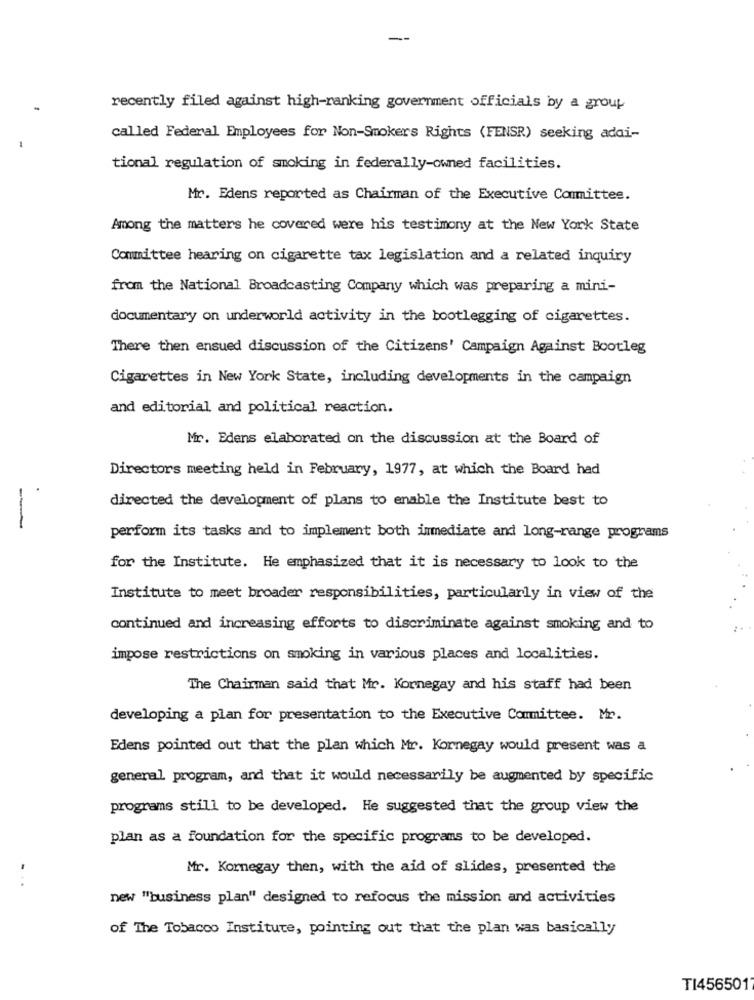
recently filed against high-ranking government officials by a group
called Federal Employees for Non-Smokers Rights (FENSR) seeking adai-
tional regulation of smoking in federally-owned facilities.
Mr. Edens reported as Chairman of the Executive Committee.
Among the matters he covered were his testimony at the New York State
Committee hearing on cigarette tax legislation and a related inquiry
from the National Broadcasting Company which was preparing a mini-
documentary on underworld activity in the bootlegging of cigarettes.
There then ensued discussion of the Citizens' Campaign Against Bootleg
Cigarettes in New York State, including developments in the campaign
and editorial and political reaction.
Mr. Edens elaborated on the discussion at the Board of
Directors meeting held in February, 1977, at which the Board had
.
directed the development of plans to enable the Institute best to
-
perform its tasks and to implement both immediate and long-range programs
for the Institute. He emphasized that it is necessary to look to the
Institute to meet broader responsibilities, particularly in view of the
continued and increasing efforts to discriminate against smoking and to
impose restrictions on smoking in various places and localities.
The Chairman said that Mr. Kornegay and his staff had been
developing a plan for presentation to the Executive Committee. Mr.
Edens pointed out that the plan which Mr. Kornegay would present was a
general program, and that it would necessarily be augmented by specific
programs still to be developed. He suggested that the group view the
plan as a foundation for the specific programs to be developed.
Mr. Kornegay then, with the aid of slides, presented the
...
new "business plan" designed to refocus the mission and activities
of The Tobacco Institute, pointing out that the plan was basically
TI456501